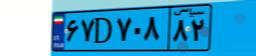
۶۷D۷۰۸۸۲